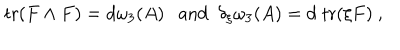
\mathrm { t r } ( F \wedge F ) = d \omega _ { 3 } ( A ) \ \ \ \mathrm { a n d } \ \ \delta _ { \xi } \omega _ { 3 } ( A ) = d \; \mathrm { t r } ( \xi F ) \ ,